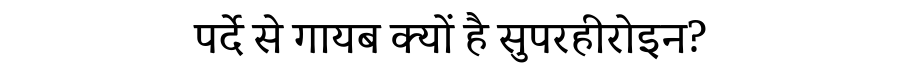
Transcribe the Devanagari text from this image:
पर्दे से गायब क्यों है सुपरहीरोइन?